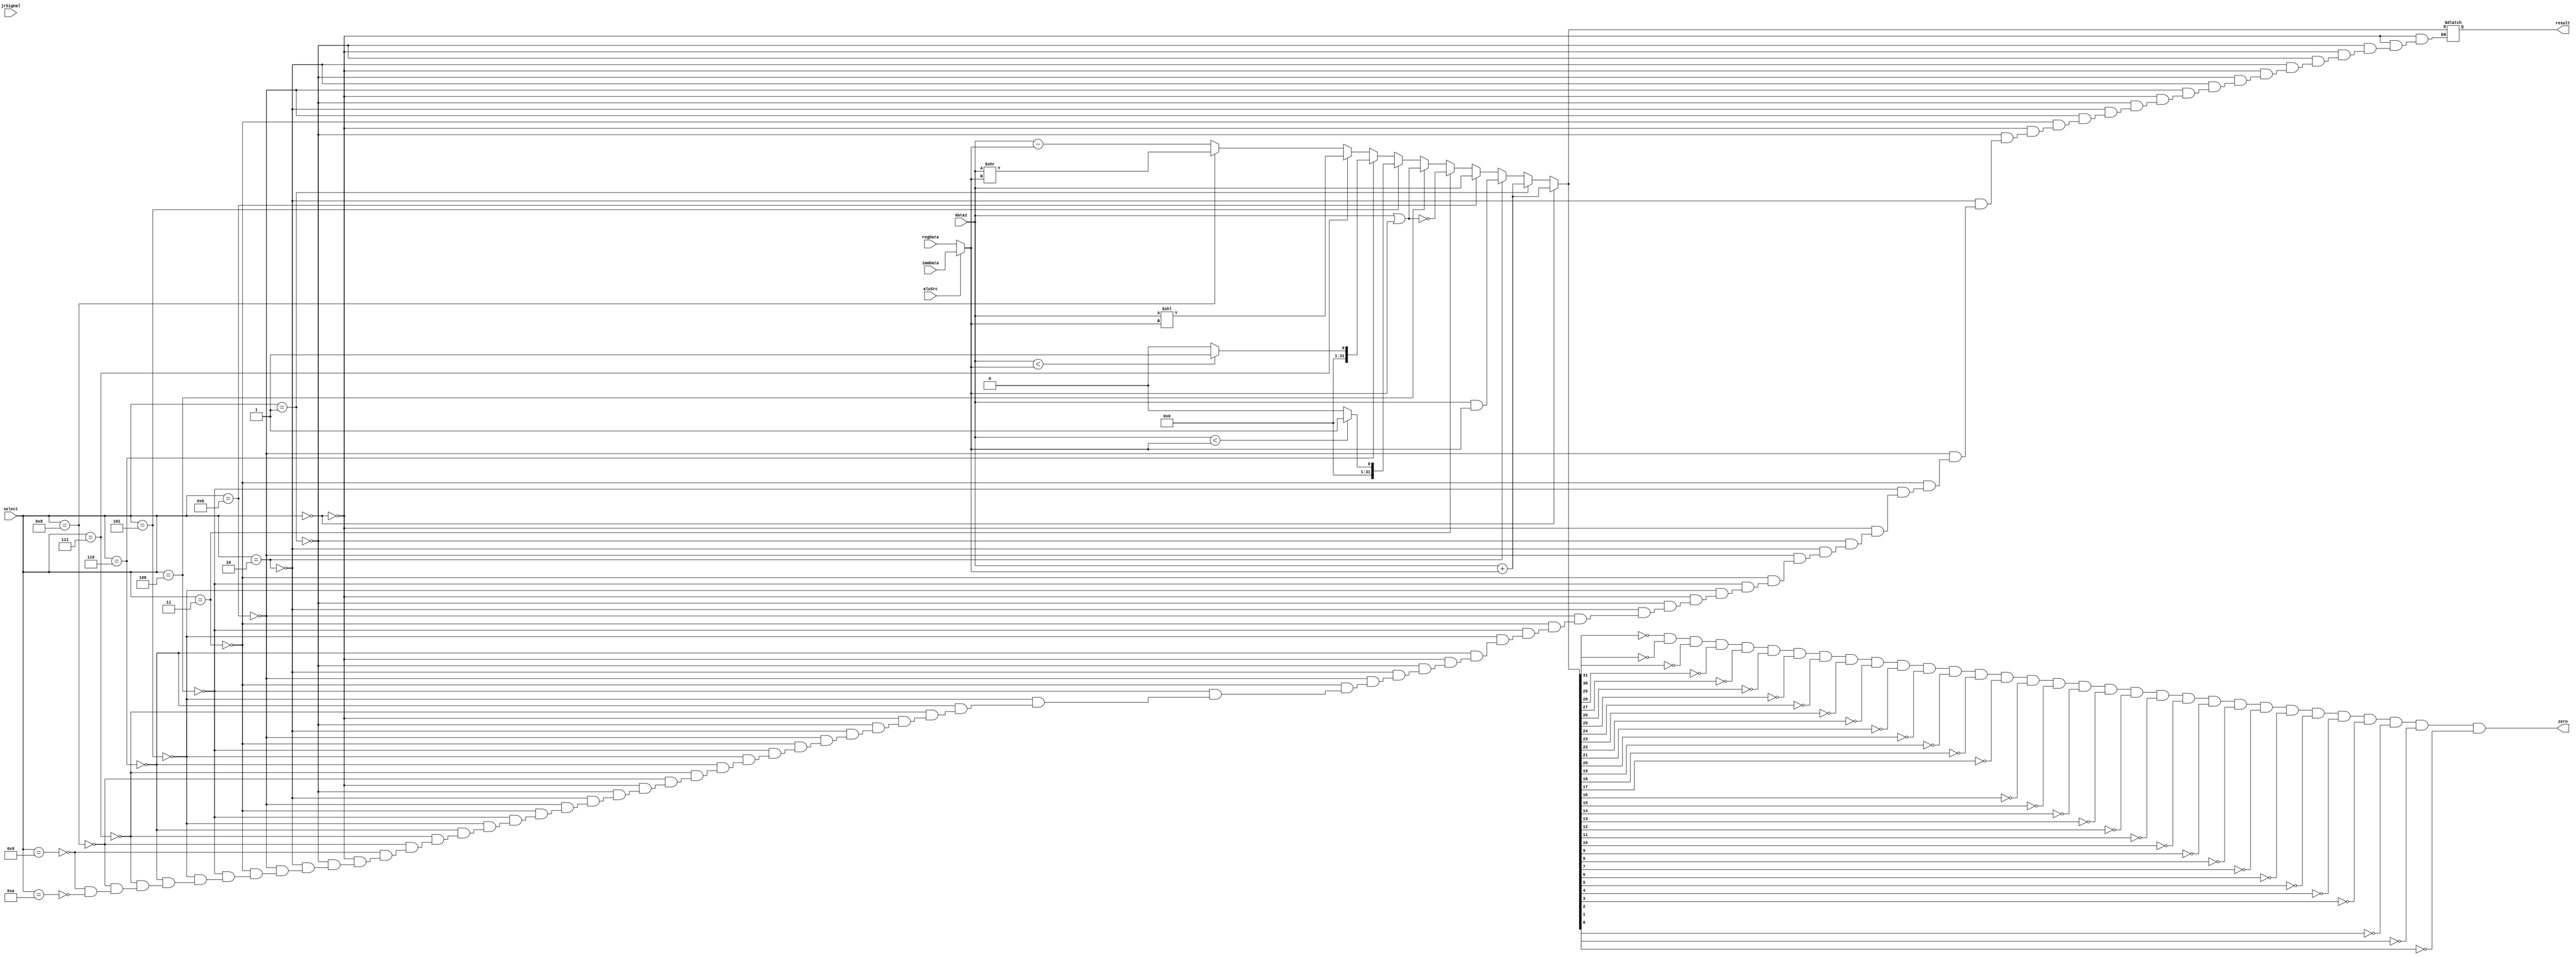
// Module Description
// ALU of CPU. Will do artihmetic or logic operations with data1 & data2 depending on select
// 
// Input(s)
// data1:    First operand, content of RS
// regData:  First candidate for second operand
// immData:  Second candidate for second operand
// aluSrc:   Signal to choose over second operand candidates
// select:   Operation selecter
// jrSignal: Signal to indicate jump register instruction
// 
// Output(s)
// result:  Result value of operation
// zero:    Will be 1 if result is 0
module ArithmeticLogicUnit(result, zero, jrSignal, data1, regData, immData, aluSrc, select);
	// Input declaration(s)
	input [31:0]data1, regData, immData;
	input [3:0]select;
	input jrSignal, aluSrc;
	// Output declaration(s)
	output reg [31:0]result;
	output reg zero;
	// Variable declaration(s)
	reg [31:0]data2;
	reg [3:0]addOpt, adduOpt, andOpt, jumpOpt, norOpt, orOpt, sltOpt, sltuOpt, sllOpt, srlOpt, subOpt, subuOpt;
	
	
	initial begin
		// Function code list to compare with select. The operation on ALU will
		// be executed depending on function code
		addOpt = 0;
		adduOpt = 1;
		andOpt = 2;
		norOpt = 3;
		orOpt = 4;
		sltOpt = 5;
		sltuOpt = 6;
		sllOpt = 7;
		srlOpt = 8;
		subOpt = 9;
		subuOpt = 10;
		jumpOpt = 11;
	end
	
	
	
	always@(data1 or data2 or select or immData) begin
		data2 = (aluSrc) ? immData : regData;
		
		
		// Signed Addition
		if (select == addOpt) begin	
			result = data1 + data2;
		end
		
		// Unsigned Addition
		else if (select == adduOpt) begin	
			result = data1 + data2;
		end
		
		// And
		else if (select == andOpt) begin	
			result = data1 & data2;
		end
		
		// Jump Register
		else if (select == jumpOpt) begin
			result = data1;
		end
		
		// Nor
		else if (select == norOpt) begin	
			result = ~(data1 | data2);
		end
		
		// Or
		else if (select == orOpt) begin	
			result = data1 | data2;
		end
		
		// Set Less Than
		else if (select == sltOpt) begin
			result = ($signed(data1) < $signed(data2)) ? 1:0;
		end
		
		// Set Less Than Unsigned
		else if (select == sltuOpt) begin
			result = (data1 < data2) ? 1:0;
		end
		
		// Shift Left Logical
		else if (select == sllOpt) begin	
			result = data1 << data2;
		end
		
		// Shift Right Logical
		else if (select == srlOpt) begin	
			result = data1 >> data2;
		end
		
		// Signed Substraction
		else if (select == subOpt) begin	
			result = data1 - data2;
		end
		
		// Unsigned Substraction
		else if (select == subuOpt) begin	
			result = data1 - data2;
		end
		
		zero = ~result[31] & ~result[30] & ~result[29] & ~result[28] & ~result[27] & ~result[26] & ~result[25] & ~result[24] & ~result[23] & ~result[22] & ~result[21] & ~result[20] & ~result[19] & ~result[18] & ~result[17] & ~result[16] & ~result[15] & ~result[14] & ~result[13] & ~result[12] & ~result[11] & ~result[10] & ~result[9] & ~result[8] & ~result[7] & ~result[6] & ~result[5] & ~result[4] & ~result[3] & ~result[2] & ~result[1] & ~result[0];
	end
endmodule